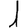
Digit: 1